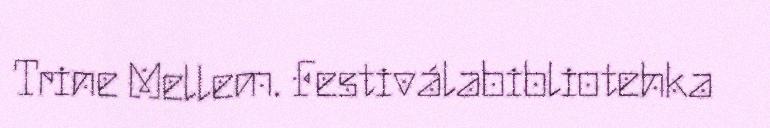
Trine Mellem. Festiválabibliotehka